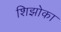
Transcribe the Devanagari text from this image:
शिझोका